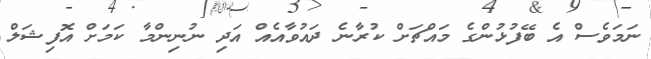
ނަމަވެސް އެ ބޭފުޅުންގެ މައްޗަށް ކުރާނެ ދައުވާއެއް އަދި ނުނިންމާ ކަމަށް އޮފިޝަލް